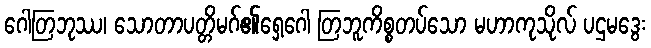
ဂေါတြဘုဿ၊ သောတာပတ္တိမဂ်၏ရှေ့ဂေါ တြဘူကိစ္စတပ်သော မဟာကုသိုလ် ပဌမဒွေး